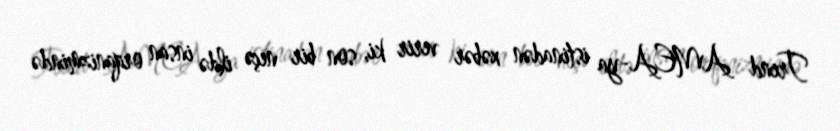
Trend AMEA-ya istinadən xəbər verir ki, son bir neçə ildə insan orqanizmində